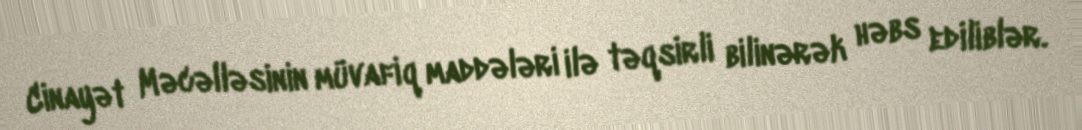
Cinayət Məcəlləsinin müvafiq maddələri ilə təqsirli bilinərək həbs ediliblər.